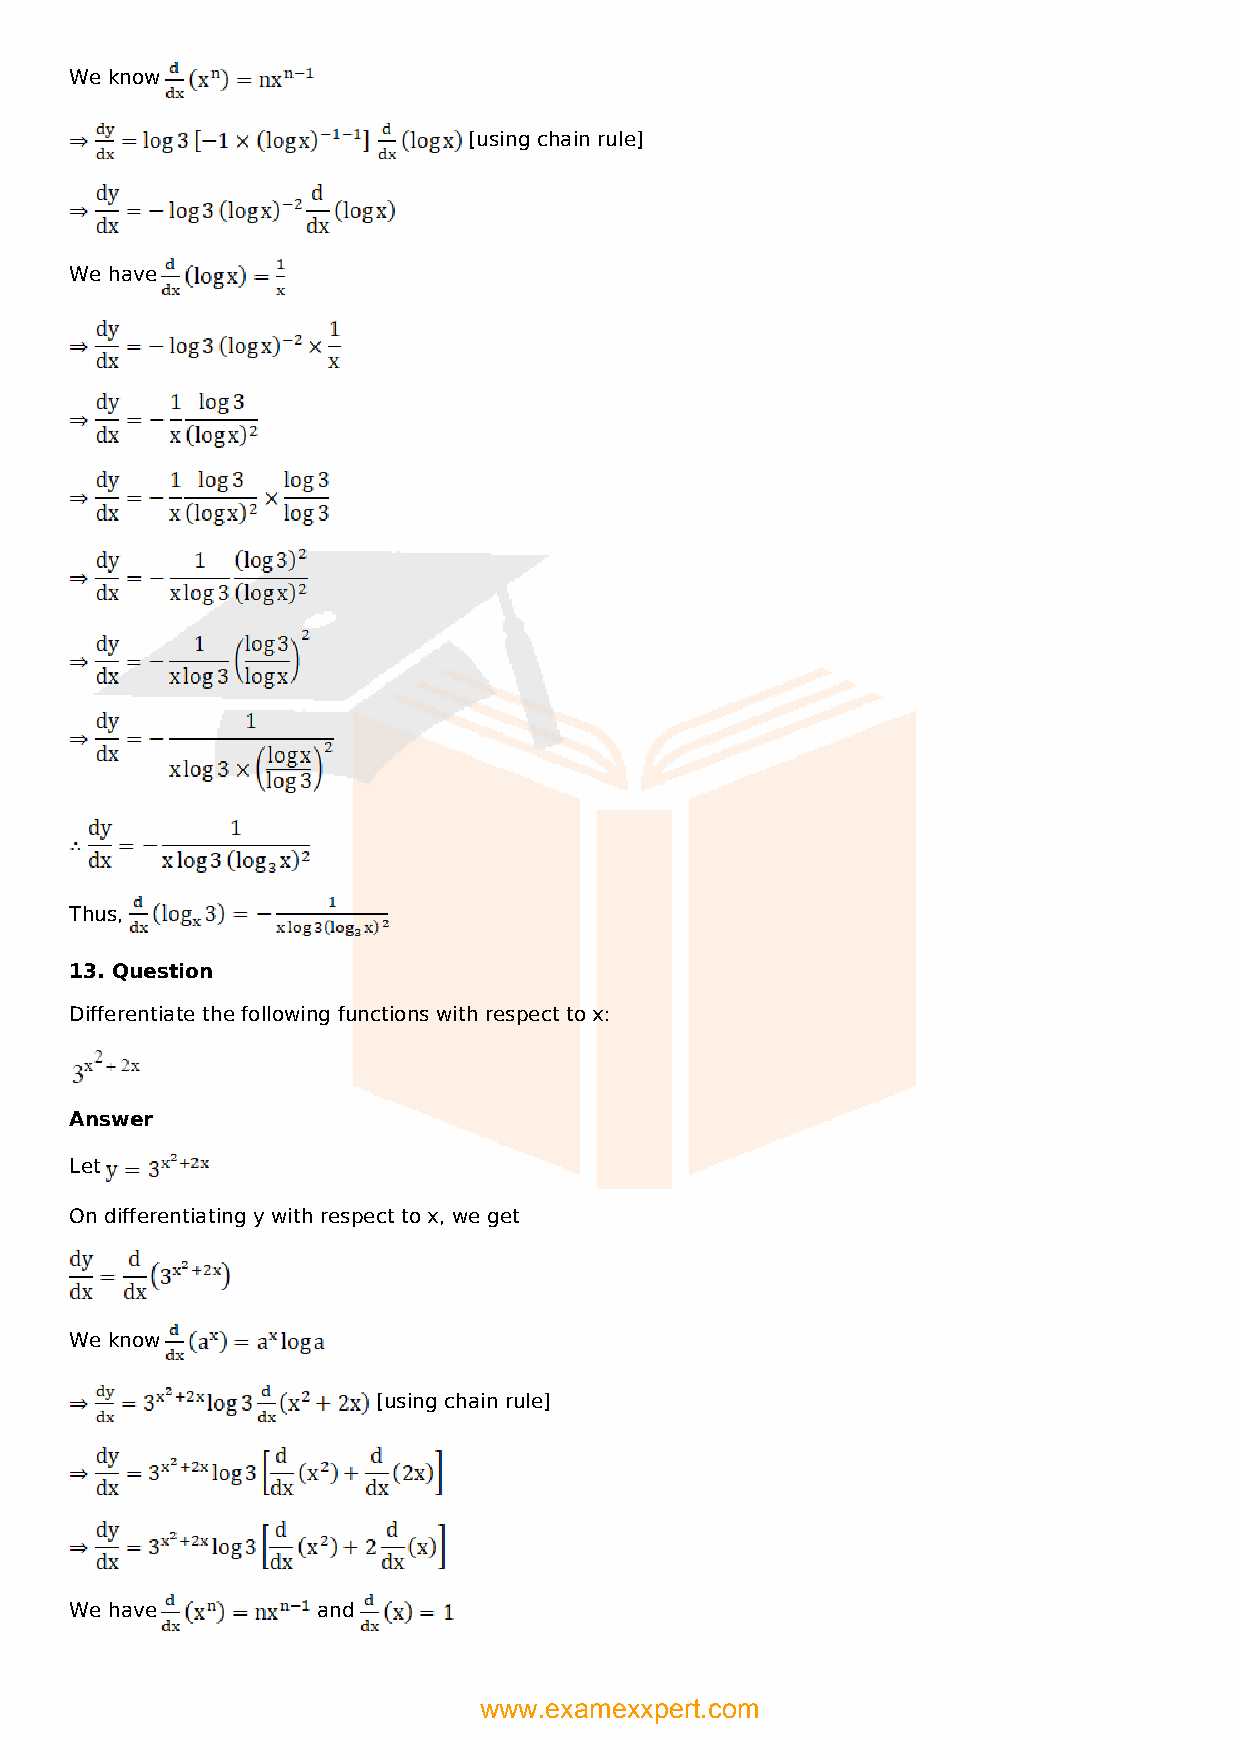
We know
 [using chain rule]
 We have
 Thus,
 13. Question
 Differentiate the following functions with respect to x:
 Answer
 Let
 On differentiating y with respect to x, we get
 We know
 [using chain rule]
 We have         and
 www.examexxpert.com